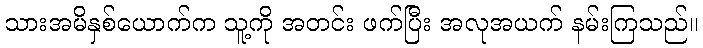
သားအမိနှစ်ယောက်က သူ့ကို အတင်း ဖက်ပြီး အလုအယက် နမ်းကြသည်။